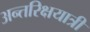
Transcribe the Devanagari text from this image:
अन्तरिक्षयात्री